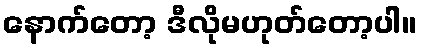
နောက်တော့ ဒီလိုမဟုတ်တော့ပါ။